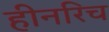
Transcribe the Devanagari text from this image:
हीनरिच